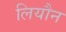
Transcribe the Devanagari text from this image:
लियौन